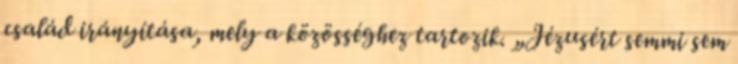
család irányítása, mely a közösséghez tartozik. „Jézusért semmi sem